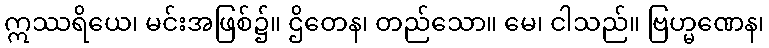
ဣဿရိယေ၊ မင်းအဖြစ်၌။ ဌိတေန၊ တည်သော။ မေ၊ ငါသည်။ ဗြဟ္မဏေန၊